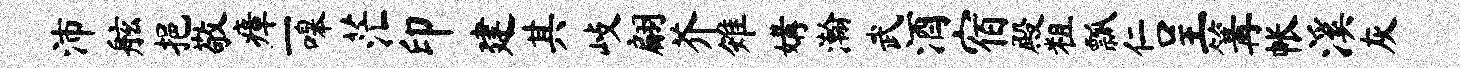
沛舷挹敬瘴一嗥茫印建其歧翩芥雉媾瀚武酒宿殿粗瓢仁呈篝帐溪灰